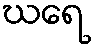
ဃရေ